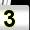
Digit: 3